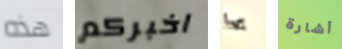
هذه اخبركم بها أشارة